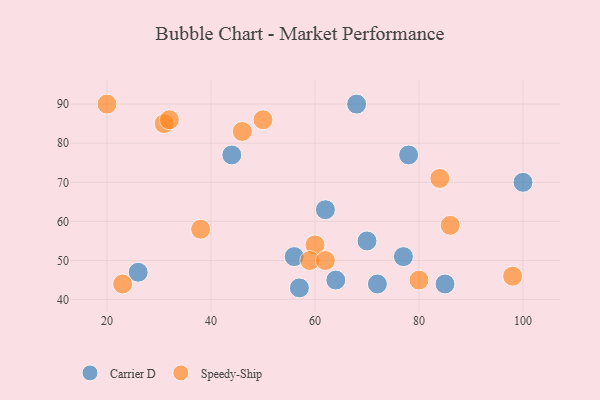
{"axis": {"x": "GDP", "y": "Life Expectancy"}, "legend": ["Carrier D", "Speedy-Ship"], "data": [{"x": "72", "y": 44, "type": "Carrier D"}, {"x": "44", "y": 77, "type": "Carrier D"}, {"x": "57", "y": 43, "type": "Carrier D"}, {"x": "68", "y": 90, "type": "Carrier D"}, {"x": "56", "y": 51, "type": "Carrier D"}, {"x": "64", "y": 45, "type": "Carrier D"}, {"x": "62", "y": 63, "type": "Carrier D"}, {"x": "26", "y": 47, "type": "Carrier D"}, {"x": "70", "y": 55, "type": "Carrier D"}, {"x": "78", "y": 77, "type": "Carrier D"}, {"x": "100", "y": 70, "type": "Carrier D"}, {"x": "77", "y": 51, "type": "Carrier D"}, {"x": "85", "y": 44, "type": "Carrier D"}, {"x": "38", "y": 58, "type": "Speedy-Ship"}, {"x": "84", "y": 71, "type": "Speedy-Ship"}, {"x": "60", "y": 54, "type": "Speedy-Ship"}, {"x": "31", "y": 85, "type": "Speedy-Ship"}, {"x": "46", "y": 83, "type": "Speedy-Ship"}, {"x": "86", "y": 59, "type": "Speedy-Ship"}, {"x": "20", "y": 90, "type": "Speedy-Ship"}, {"x": "59", "y": 50, "type": "Speedy-Ship"}, {"x": "23", "y": 44, "type": "Speedy-Ship"}, {"x": "80", "y": 45, "type": "Speedy-Ship"}, {"x": "98", "y": 46, "type": "Speedy-Ship"}, {"x": "62", "y": 50, "type": "Speedy-Ship"}, {"x": "32", "y": 86, "type": "Speedy-Ship"}, {"x": "50", "y": 86, "type": "Speedy-Ship"}]}